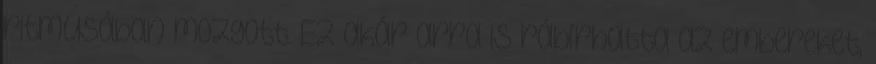
ritmusában mozgott. Ez akár arra is rábírhatta az embereket,